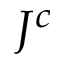
J ^ { c }